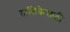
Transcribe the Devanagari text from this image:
तासिकेसाठी